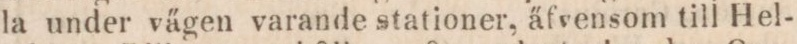
la under vägen varande stationer, äfvensom till Hel-